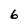
Character: 6